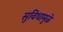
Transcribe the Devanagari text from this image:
सुविधामुळे